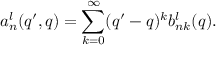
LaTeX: a _ { n } ^ { l } ( q ^ { \prime } , q ) = \sum _ { k = 0 } ^ { \infty } ( q ^ { \prime } - q ) ^ { k } b _ { n k } ^ { l } ( q ) .